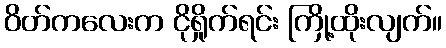
ဝိတ်ကလေးက ငိုရှိုက်ရင်း ကြို့ထိုးလျက်။